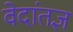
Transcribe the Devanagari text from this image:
वेदांतज्ञ